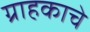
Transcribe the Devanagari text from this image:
ग्राहकाचे